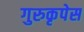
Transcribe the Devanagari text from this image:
गुरुकृपेस